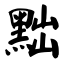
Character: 黜